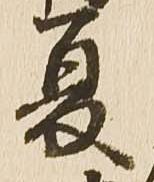
夏